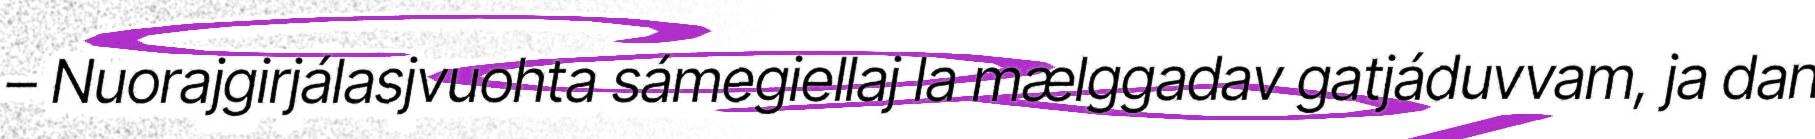
– Nuorajgirjálasjvuohta sámegiellaj la mælggadav gatjáduvvam, ja dan